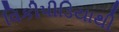
વિકીપીડિયાથી